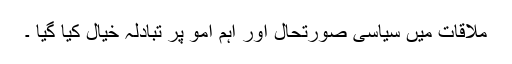
ملاقات میں سیاسی صورتحال اور اہم امو پر تبادلہ خیال کیا گیا ۔